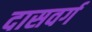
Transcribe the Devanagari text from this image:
दासवर्ग